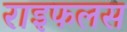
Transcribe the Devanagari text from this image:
राइफलस